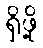
ရှိဖို့